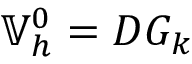
\mathbb { V } _ { h } ^ { 0 } = D G _ { k }